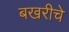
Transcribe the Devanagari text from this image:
बखरीचे